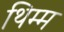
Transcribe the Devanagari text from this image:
थिम्म